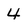
Character: 4